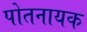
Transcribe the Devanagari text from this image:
पोतनायक